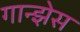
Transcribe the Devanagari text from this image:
गान्झेस